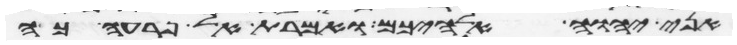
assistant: אני יהוה אלהיכם ואמרת אל פרעה כה